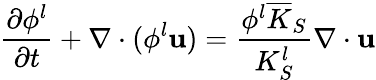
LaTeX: \frac{\partial\phi^{l}}{\partial t}+\nabla\cdot(\phi^{l}\mathbf{u})=\frac{\phi^{l}\overline{{K}}_{S}}{K_{S}^{l}}\nabla\cdot\mathbf{u}